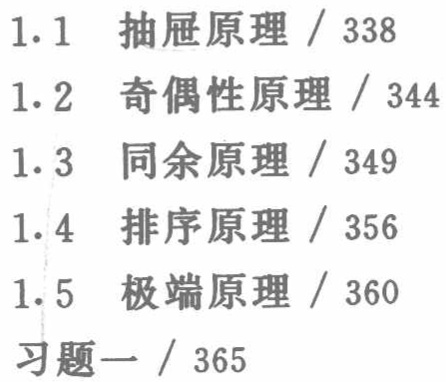
1.1 抽屉原理 / 338
1.2 奇偶性原理 / 344
1.3 同余原理 / 349
1.4 排序原理 / 356
1.5 极端原理 / 360
习题一 / 365